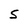
Character: S